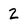
Character: 2